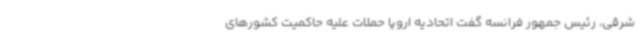
شرقی، رئیس جمهور فرانسه گفت اتحادیه اروپا حملات علیه حاکمیت کشورهای